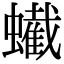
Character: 蠘